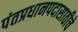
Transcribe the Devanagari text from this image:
पंतप्रधानपदासाठीचे